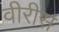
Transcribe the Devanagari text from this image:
वीरीस